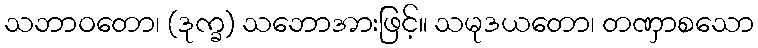
သဘာဝတော၊ (ဒုက္ခ) သဘောအားဖြင့်။ သမုဒယတော၊ တဏှာစသော